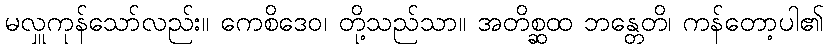
မလှူကုန်သော်လည်း။ ကေစိဒေဝ၊ တို့သည်သာ။ အတိစ္ဆထ ဘန္တေတိ၊ ကန်တော့ပါ၏